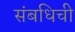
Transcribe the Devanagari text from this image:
संबधिची